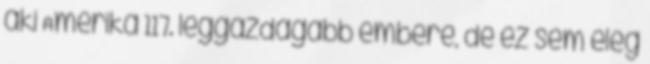
aki Amerika 117. leggazdagabb embere, de ez sem elég